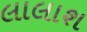
લાલાશ